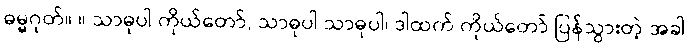
ဓမ္မဂုတ်။ ။ သာဓုပါ ကိုယ်တော်, သာဓုပါ သာဓုပါ၊ ဒါထက် ကိုယ်တော် ပြန်သွားတဲ့ အခါ